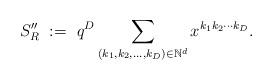
LaTeX: \begin{align*} S_R''\ :=\ q^D \sum_{(k_1, k_2, \dots, k_D) \in \mathbb{N}^d} x^{k_1 k_2 \cdots k_D}.\end{align*}